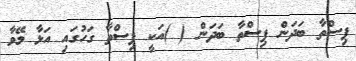
ޕިސްތާ ބަދަން ޕިސްތާ ބަދަން ( )އަކީ ޕިސްތާ ގަހުގައި އަޅާ މޭވާ